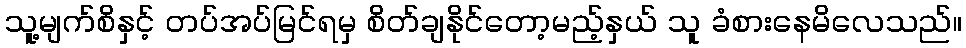
သူ့မျက်စိနှင့် တပ်အပ်မြင်ရမှ စိတ်ချနိုင်တော့မည့်နှယ် သူ ခံစားနေမိလေသည်။